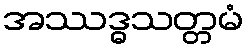
အဿဒ္ဓသတ္တမံ